Civil Veterinary Department Bengal reports 1933-51 - 1933-1951
Year: 1933
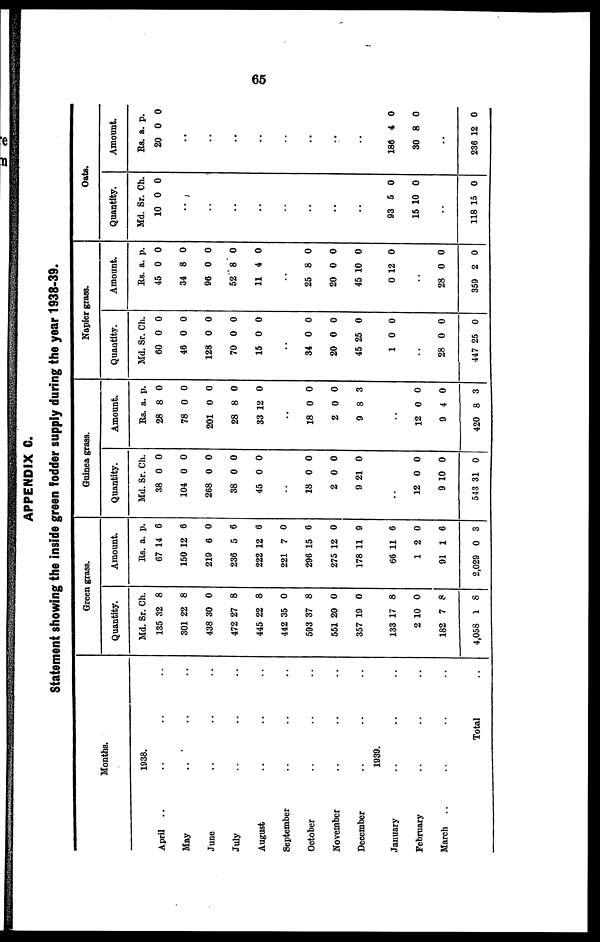
65
APPENDIX C.
Statement showing the inside green fodder supply during the year 1938-39.
Months.
1938.
April .. .. ....
May ......
June ......
July ......
August ......
September ......
October ......
November
......
December ......
1939.
January ......
February ......
March ......
Total ..
Green grass.
Quantity.
Md.
135
301
438
472
445
442
593
551
357
133
2
182
4,058
Sr.
32
22
30
27
22
35
37
20
19
17
10
7
1
Ch.
8
8
0
8
8
0
8
0
0
8
0
8
8
Amount.
Rs.
67
150
219
236
222
221
296
275
178
66
1
91
2,029
a.
14
12
6
5
12
7
15
12
11
11
2
1
0
p.
6
6
0
6
6
0
6
0
9
6
0
6
3
Guinea grass.
Quantity.
Md.
38
104
268
38
45
..
18
2
9
..
12
9 1
543
Sr.
0
0
0
0
0
0
0
21
0
0
31
Ch.
0
0
0
0
0
0
0
0
0
0
0
Amount.
Rs.
28
78
201
28
33
..
18
2
9
..
12
9
420
a.
8
0
0
8
12
0
0
8
0
4
8
p.
0
0
0
0
0
0
0
3
0
0
3
Napier grass.
Quantity.
Md.
60
46
128
70
15
..
34
20
45
1
..
28
447
Sr.
0
0
0
0
0
0
0
25
0
0
25
Ch.
0
0
0
0
0
0
0
0
0
0
0
Amount.
Rs.
45
34
96
52
11
..
25
20
45
0
..
28
359
a.
0
8
0
8
4
8
0
10
12
0
2
p.
0
0
0
0
0
0
0
0
0
0
0
Oats.
Quantity.
Md.
10
..
..
93
15
118
Sr.
0
5
10
15
Ch.
0
0
0
0
Amount
Rs.
20
186
30
236
a.
0
4
8
12
p.
0
0
0
0